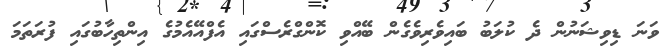
ވަނަ ޑިވިޝަނުން ދެ ކުލަބު ބައިވެރިވެގެން ބޭއްވި ކޮންގްރެސްގައި އެފްއޭއެމުގެ އިންތިހާބުގައި ފުރަތަމަ